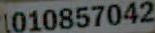
1010857042